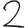
Digit: 2